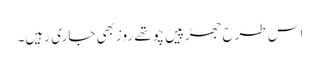
اس طرح جھڑپیں چوتھے روزبھی جاری رہیں۔